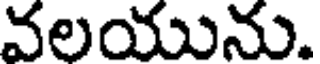
వలయును.